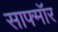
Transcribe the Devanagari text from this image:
साफ्मॉर